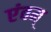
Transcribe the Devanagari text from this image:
एंवम्